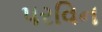
પરવિન